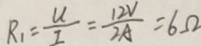
R _ { 1 } = \frac { U } { I } = \frac { 1 2 V } { 2 A } = 6 \Omega